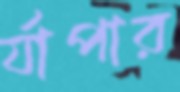
র্যাপার